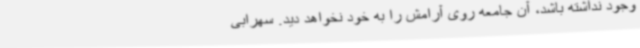
وجود نداشته باشد، آن جامعه روی آرامش را به خود نخواهد دید. سهرابی